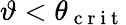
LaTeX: \vartheta<\theta_{\mathrm{~c~r~i~t~}}